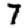
Digit: 7